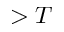
> T